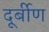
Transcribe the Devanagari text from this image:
दूर्बीण